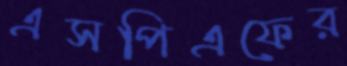
এসপিএফের